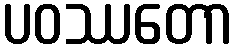
ပဝဿတော